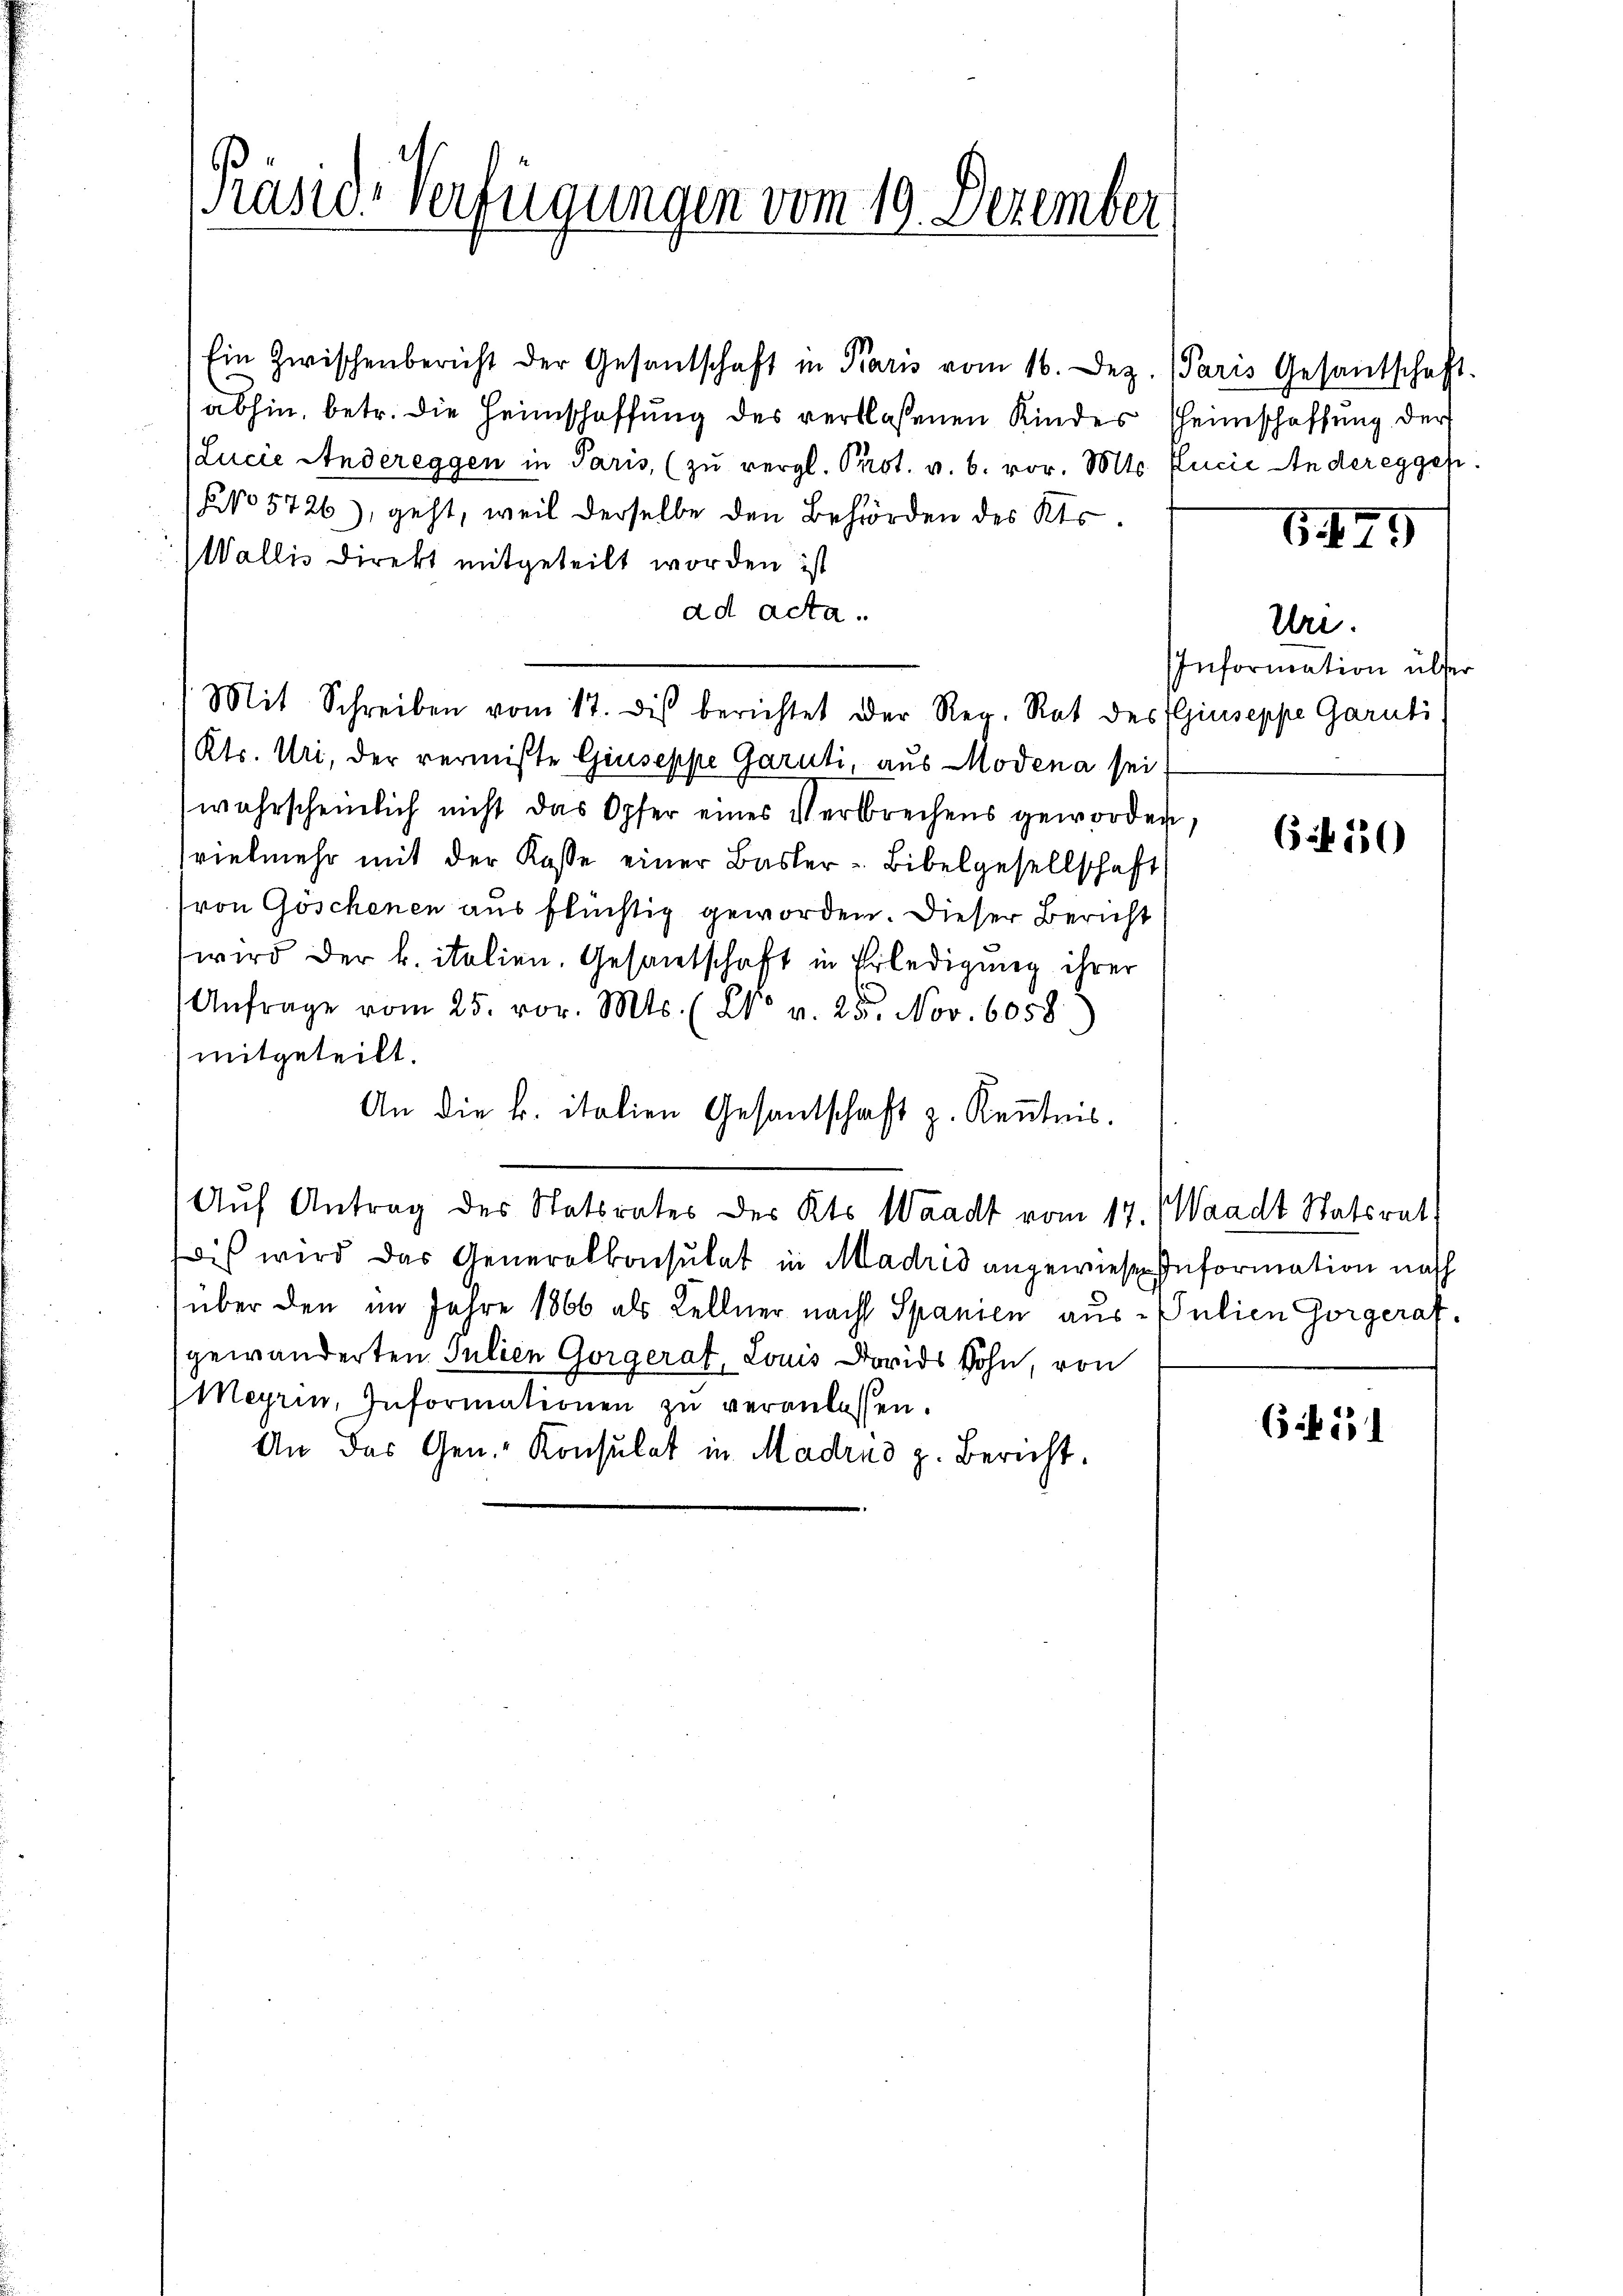
Präsid-Verfügungen vom 19. Dezember

Ein Zwischenbericht der Gesandschaft in Paris vom 16. Dez. (Paris Gesantschaft.
abhin, betr. die Heimschaffung des verflossenen Kindes Heimschaffung der
(Lucie Andereggen in Paris, (zŭ vergl. Prot. v. 6. vor. Mts. Elucie Anderegger.
NNo 5726), geht, weil derselbe den Behörden des Kts.
Wallis Direkt mitgeteilt worden ist
ad acta.
Mit Schreiben vom 17. des berichtet der Reg. Rat des Giuseppe Garuti
Kts. Uri, der vermißte Giuseppe Garuti, aus Modena sei
wahrscheinlich nicht das Opfer eines Verbrechens geworden,
vielmehr mit der Kasse einer Basler-Bibelgesellschaft
(von Göschenen aus flüchtig geworden. Dieser Bericht
wird der k. italien. Gesantschaft in Erledigung ihrer
Anfrage vom 25. vor. Mts. (Co v. 25. Nov. 6058
mitgeteilt.
An die k. italien Gesantschaft z. Kenntnis.
Auf Antrag des Statsrates des Kts. Waadt vom 17. Waadt Statsrat
dis wird das Generalkonsulat in Madrid angewiesen Information nach
über den im Jahre 1866 als Kellner nach Spanien aus - Julien Gorgeraf.
gewänderten Julien Gorgerat, Louis Dorids Sohn, von
Meyrin, Informationen zu veranlassen.
An das Gen. Konsulat in Madrid z. Bericht.

6479

Uri.
IInformation über

65. 2550

651